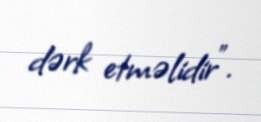
dərk etməlidir”.